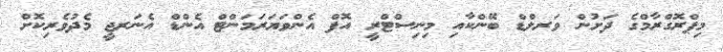
މިޕްރޮގްރާމްގެ ދަށުން ވަރލްޑް ބޭންކާއި މިނިސްޓްރީ އޮފް އެންވަޔަރަމަންޓް އެންޑް އެނަރޖީ މެދުވެރިކޮށް